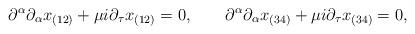
LaTeX: \begin{align*}\partial^\alpha \partial_\alpha x_{(12)} + \mu i \partial_\tau x_{(12)} = 0, \qquad\partial^\alpha \partial_\alpha x_{(34)} + \mu i \partial_\tau x_{(34)} = 0,\end{align*}